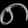
Digit: ၈